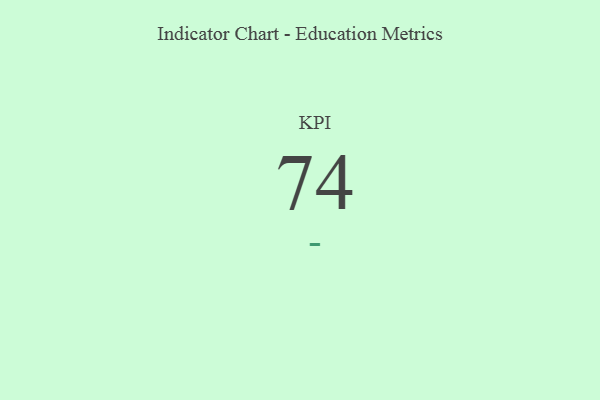
{"axis": {"x": "KPI", "y": "Value"}, "legend": [""], "data": [{"x": "KPI", "y": 74, "type": ""}]}